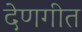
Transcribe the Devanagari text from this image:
देणगीत